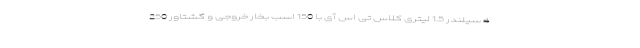
4 سیلندر 1.5 لیتری کلاس تی اس آی با 150 اسب بخار خروجی و گشتاور 250